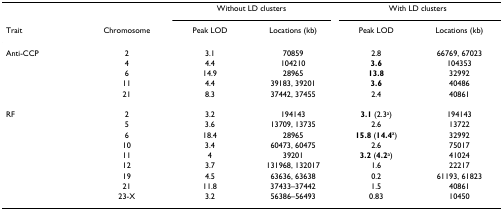
<table><thead><tr><td></td><td></td><td colspan="2"><b>Without LD clusters</b></td><td colspan="2"><b>With LD clusters</b></td></tr><tr><td><b>Trait</b></td><td><b>Chromosome</b></td><td><b>Peak LOD</b></td><td><b>Locations (kb)</b></td><td><b>Peak LOD</b></td><td><b>Locations (kb)</b></td></tr></thead><tbody><tr><td>Anti-CCP</td><td>2</td><td>3.1</td><td>70859</td><td>2.8</td><td>66769, 67023</td></tr><tr><td></td><td>4</td><td>4.4</td><td>104210</td><td><b>3.6</b></td><td>104353</td></tr><tr><td></td><td>6</td><td>14.9</td><td>28965</td><td><b>13.8</b></td><td>32992</td></tr><tr><td></td><td>11</td><td>4.4</td><td>39183, 39201</td><td><b>3.6</b></td><td>40486</td></tr><tr><td></td><td>21</td><td>8.3</td><td>37442, 37455</td><td>2.4</td><td>40861</td></tr><tr><td>RF</td><td>2</td><td>3.2</td><td>194143</td><td><b>3.1</b> (2.3<sup>a</sup>)</td><td>194143</td></tr><tr><td></td><td>5</td><td>3.6</td><td>13709, 13735</td><td>2.6</td><td>13722</td></tr><tr><td></td><td>6</td><td>18.4</td><td>28965</td><td><b>15.8</b> (<b>14.4</b><sup>a</sup>)</td><td>32992</td></tr><tr><td></td><td>10</td><td>3.4</td><td>60473, 60475</td><td>2.6</td><td>75017</td></tr><tr><td></td><td>11</td><td>4</td><td>39201</td><td><b>3.2</b> (<b>4.2</b><sup>a</sup>)</td><td>41024</td></tr><tr><td></td><td>12</td><td>3.7</td><td>131968, 132017</td><td>1.6</td><td>22217</td></tr><tr><td></td><td>19</td><td>4.5</td><td>63636, 63638</td><td>0.2</td><td>61193, 61823</td></tr><tr><td></td><td>21</td><td>11.8</td><td>37433–37442</td><td>1.5</td><td>40861</td></tr><tr><td></td><td>23-X</td><td>3.2</td><td>56386–56493</td><td>0.83</td><td>10450</td></tr></tbody></table>